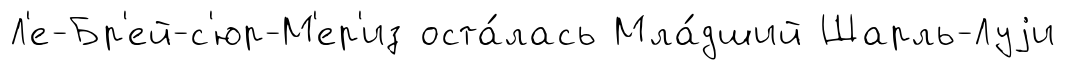
Л'е-Бр'ей-с'юр-М'ер'из оста́лась Мла́дший Шарль-Луjи